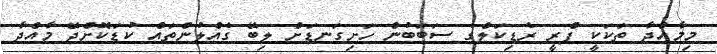
މިމާއްދާ ތަކަކީ ފްރީ ރެޑިކަލްގެ ސަބަބުން ހަށިގަނޑަށް ލިބޭ ގެއްލުންތައް ކުޑަކޮށްދޭ މާއްދާ